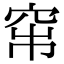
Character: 𥥏